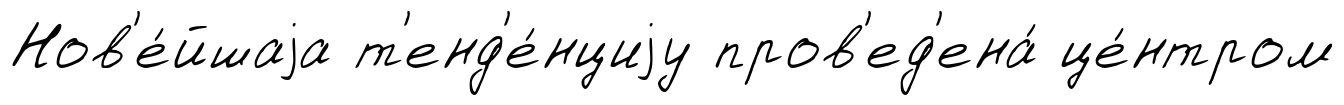
Нов'е́йшаjа т'енд'е́нциjу пров'ед'ена́ це́нтром